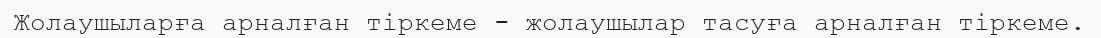
Жолаушыларға арналған тіркеме - жолаушылар тасуға арналған тіркеме.